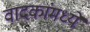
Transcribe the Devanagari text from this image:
वादकांमध्ये